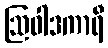
ဩဝါဒကာရီ